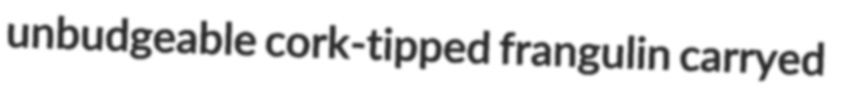
unbudgeable cork-tipped frangulin carryed